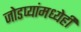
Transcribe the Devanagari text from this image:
जोडप्यांमध्येही